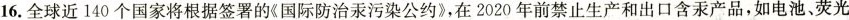
16.全球近140个国将根据签署的《国际防治汞污染公约》，在2020年前禁止生产和出口含汞产品，如电池、荧光